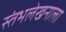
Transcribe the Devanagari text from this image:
स्तंभलेखनाला